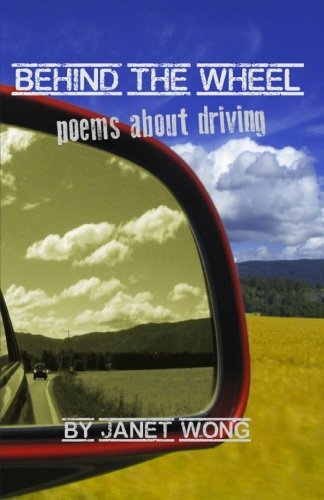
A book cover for Behind the Wheel: Poems about Driving; Janet Wong; Teen & Young Adult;